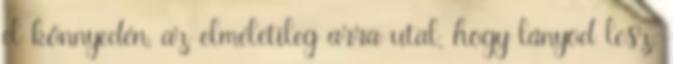
el könnyedén, az elméletileg arra utal, hogy lányod lesz.